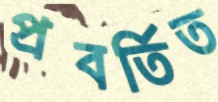
প্রবর্তিত